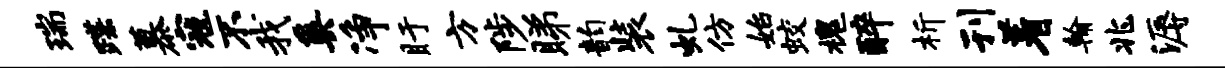
瑞蹀慕寇不我奚净盱方陟睇韵装虬仿始蛟槐醉析刊着翰兆溽